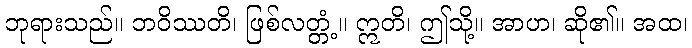
ဘုရားသည်။ ဘဝိဿတိ၊ ဖြစ်လတ္တံ့။ ဣတိ၊ ဤသို့။ အာဟ၊ ဆို၏။ အထ၊